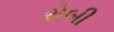
રોબી